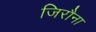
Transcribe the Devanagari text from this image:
जिरौना